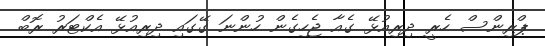
ޕްރިންސް ހެރީ ދިރިއުޅޭ ގެއާ ޖެހިގެން ހުންނަ ގޭގައި ދިރިއުޅޭ އެކްޓަރު ރޮބް